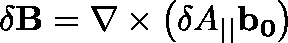
\mathbf { \delta B } = \nabla \times \left( \delta A _ { | | } \mathbf { b _ { 0 } } \right)